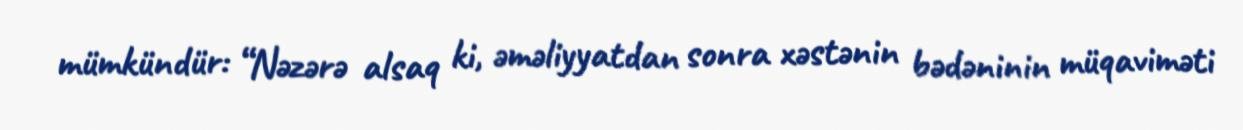
mümkündür: “Nəzərə alsaq ki, əməliyyatdan sonra xəstənin bədəninin müqaviməti